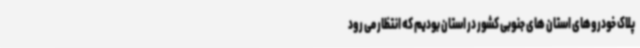
پلاک خودروهای استان های جنوبی کشور در استان بودیم که انتظار می رود